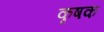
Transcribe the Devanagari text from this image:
कृषक